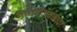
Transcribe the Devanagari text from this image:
समाधीजवळच्या